Annual vaccination report of Bihar and Orissa - 1911-1928
Year: 1911
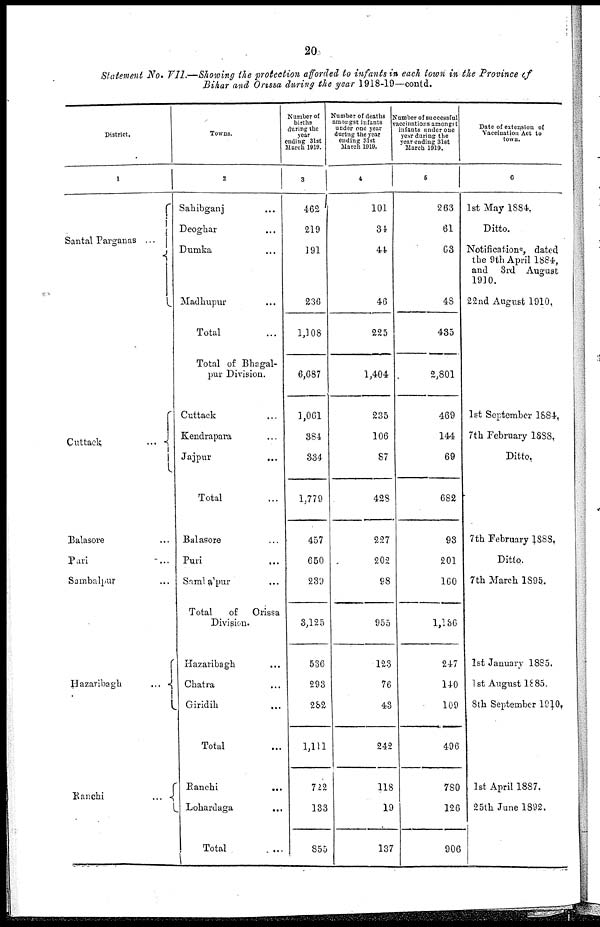
20
Statement No. VII.—Showing the protection afforded to infants in each town in the Province of
Bihar and Orissa during the year 1918-19—contd.
District.
1
Santal Parganas ...
Cuttack
...
Balasore ...
Puri ...
Sambalpur ...
Hazaribagh
...
Ranchi
...
Towns.
2
Sahibganj ...
Deoghar ...
Dumka ...
Madbupur ...
Total ...
Total of Bhagal-
pur Division.
Cuttack ...
Kendrapara ...
Jajpur ...
Total ...
Balasore ...
Puri ...
Simbalpur ...
Total
of Orissa
Division.
Hazaribagh ...
Chatra ...
Giridih ...
Total ...
Ranchi
...
Lohardaga
...
Total ...
Number of
births
during the
year
ending 31st
March 1919.
3
462
219
191
236
1,108
6,687
1,061
384
334
1,779
457
650
239
3,125
536
293
282
1,111
722
133
855
Number of deaths
amongst infants
under one year
during the year
ending 31st
March 1919.
4
101
34
44
46
225
1,404
235
106
87
428
227
202
98
955
123
76
43
242
118
19
137
Number of successful
vaccinations amongst
infants under one
year during the
year ending 31st
March 1919.
5
263
61
63
48
435
2,801
469
144
69
682
93
201
160
1,136
247
140
109
496
780
126
906
Date of extension of
Vaccination Act to
town.
6
1st May 1884.
Ditto.
Notifications, dated
the 9th April 1884,
and 3rd August
1910.
22nd August 1910.
1st September 1884.
7th February 1888.
Ditto.
7th February 1888.
Ditto.
7th March 1895.
1st January 1885.
1st August 1885.
8th September 1910.
1st April 1887.
25th June 1892.